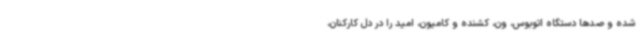
شده و صدها دستگاه اتوبوس، ون، کشنده و کامیون، امید را در دل کارکنان،